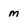
Character: m